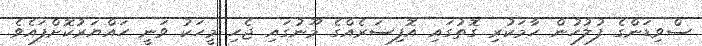
ސްވިޑަންގެ ފުލުހުން ހާމަކުރި ގޮތުގައި އޮފިސަރެއްގެ މޫނުގައި ޖެހި މީހަކުު ވަނީ ހައްޔަރުކޮށްފައެވެ.